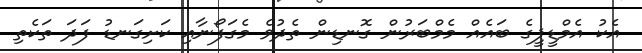
އެކު އެމްޑީޕީގެ ބައެއް މެމްބަރުން ގޮނޑިން ތެދުވެ މެގަފޯނާއި ކަށިގަނޑު ފަދަ ތަކެތި